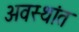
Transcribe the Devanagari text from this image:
अवस्थांत